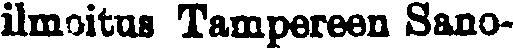
ilmoitus Tampereen Sano-